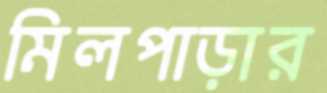
মিলপাড়ার